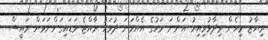
ރިޔާޒު މިހެން ވިދާޅުވިއިރު އަންނަ މަހުގެ އެއްވަނަ ދުވަހު ރާއްޖެ ވަޑައިގަންނަވަން ރައީސް